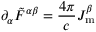
\partial _ { \alpha } { { \tilde { F } } ^ { \alpha \beta } } = { \frac { 4 \pi } { c } } J _ { \mathrm { m } } ^ { \beta }